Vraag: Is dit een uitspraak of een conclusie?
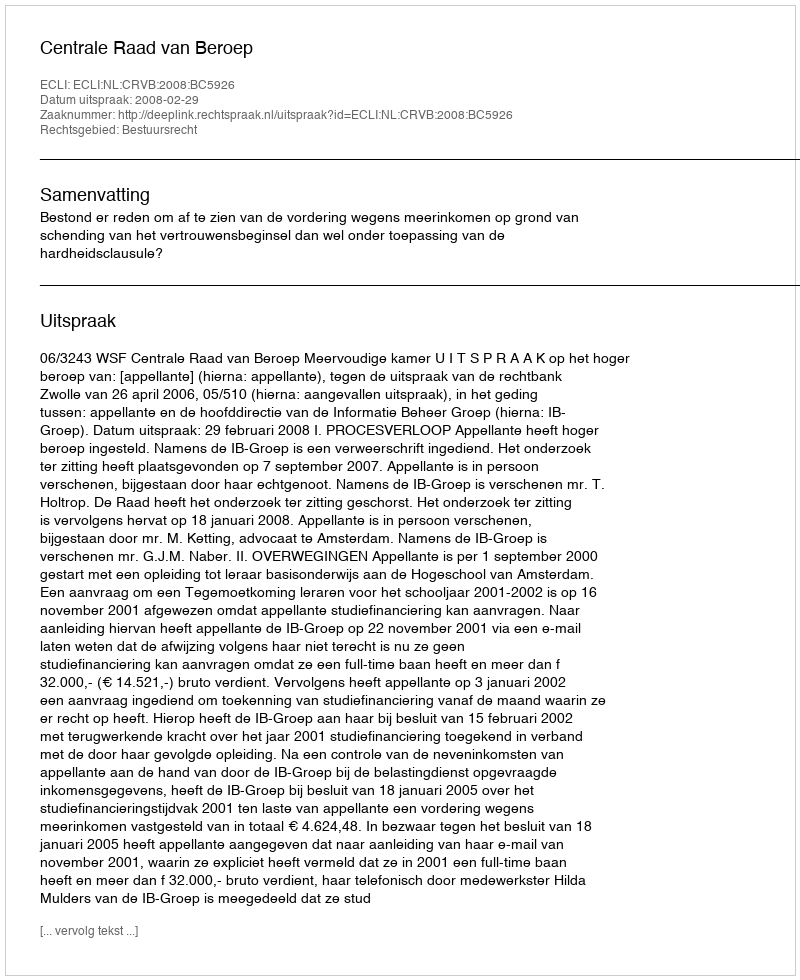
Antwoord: Uitspraak